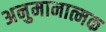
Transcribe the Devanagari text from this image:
अनुमानात्मक